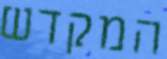
המקדש